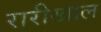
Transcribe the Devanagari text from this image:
रारीखाल